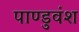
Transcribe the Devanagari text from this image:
पाण्डुवंश